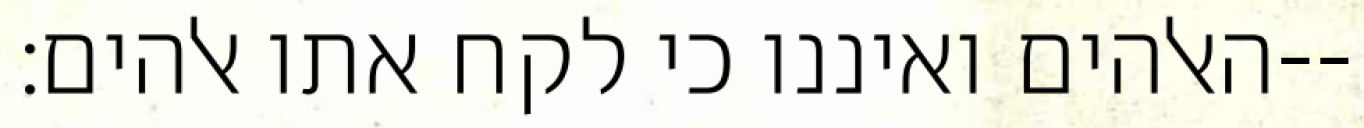
האלהים ואיננו כי לקח אתו אלהים׃--